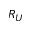
R _ { U }